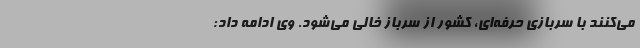
می‌کنند با سربازی حرفه‌ای، کشور از سرباز خالی می‌شود. وی ادامه داد: